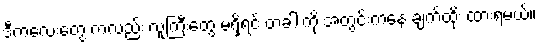
ဒီကလေးတွေ ကလည်း လူကြီးတွေ မရှိရင် တံခါးကို အတွင်းကနေ ချက်ထိုး ထားရမယ်။